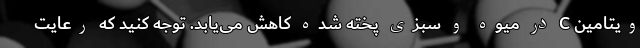
ویتامین C در میوه و سبزی پخته شده کاهش می‌یابد. توجه کنید که رعایت